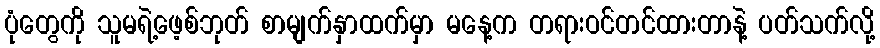
ပုံတွေကို သူမရဲ့ဖေ့စ်ဘုတ် စာမျက်နှာထက်မှာ မနေ့က တရားဝင်တင်ထားတာနဲ့ ပတ်သက်လို့